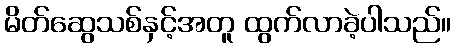
မိတ်ဆွေသစ်နှင့်အတူ ထွက်လာခဲ့ပါသည်။